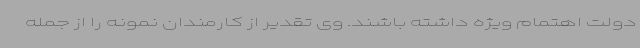
دولت اهتمام ویژه داشته باشند. وی تقدیر از کارمندان نمونه را از جمله